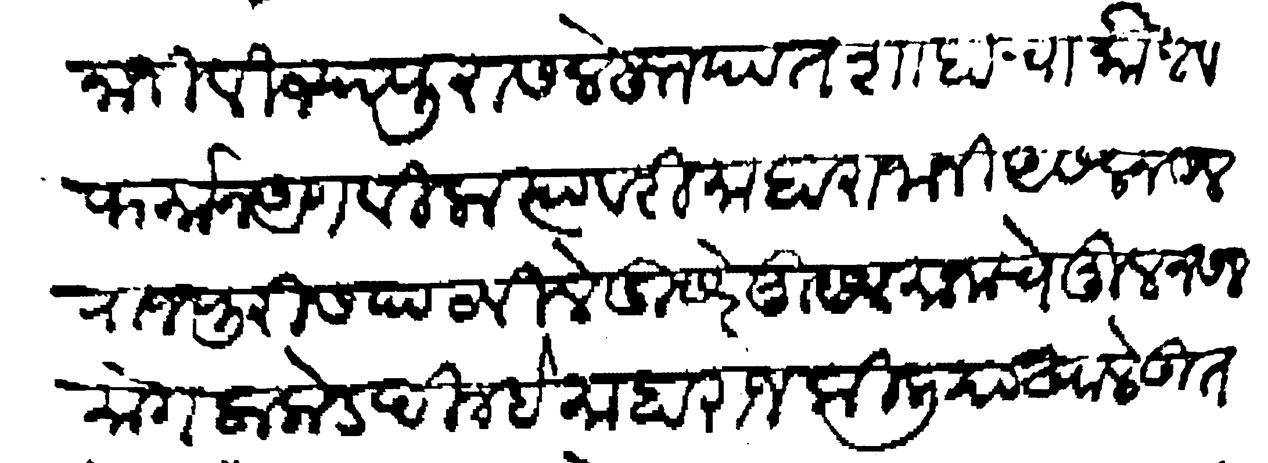
Transliteration (Devanagari): माहानानी विज्यापुरास लेहुन पातशाहाचा कौल व फर्मान आणविला त्यावरी माहाराजानी असल नसल राजपुरीस पाठवीले दुसरे मुसलमानाचे मूल नसल मोगलाकडे दिल्हे माहाराज किलीया खाले उतरोन